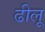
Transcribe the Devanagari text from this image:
ढीलू